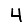
Digit: 4